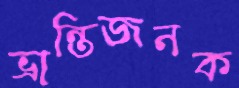
ভ্রান্তিজনক